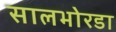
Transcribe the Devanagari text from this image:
सालभोरडा